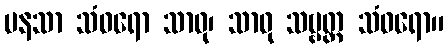
မနသာ သံဝရော သာဓု၊ သာဓု သဗ္ဗတ္ထ သံဝရော။